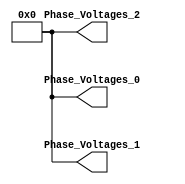
module controllerHdl_StandBy
          (
           Phase_Voltages_0,
           Phase_Voltages_1,
           Phase_Voltages_2
          );


  output  signed [19:0] Phase_Voltages_0;  // sfix20_En12
  output  signed [19:0] Phase_Voltages_1;  // sfix20_En12
  output  signed [19:0] Phase_Voltages_2;  // sfix20_En12


  wire signed [19:0] Constant_out1 [0:2];  // sfix20_En12 [3]

  // StandBy
  // 
  // Block Description: Controller outputs constant phase voltages.


  // <S16>/Constant
  assign Constant_out1[0] = 20'sb00000000000000000000;
  assign Constant_out1[1] = 20'sb00000000000000000000;
  assign Constant_out1[2] = 20'sb00000000000000000000;



  assign Phase_Voltages_0 = Constant_out1[0];

  assign Phase_Voltages_1 = Constant_out1[1];

  assign Phase_Voltages_2 = Constant_out1[2];

endmodule